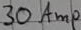
Text: 30Amp